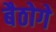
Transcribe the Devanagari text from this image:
बैठोगे